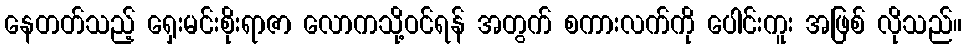
နေတတ်သည့် ရှေးမင်းစိုးရာဇာ လောကသို့ဝင်ရန် အတွက် စကားလက်ကို ပေါင်းကူး အဖြစ် လိုသည်။